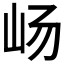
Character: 𫵵